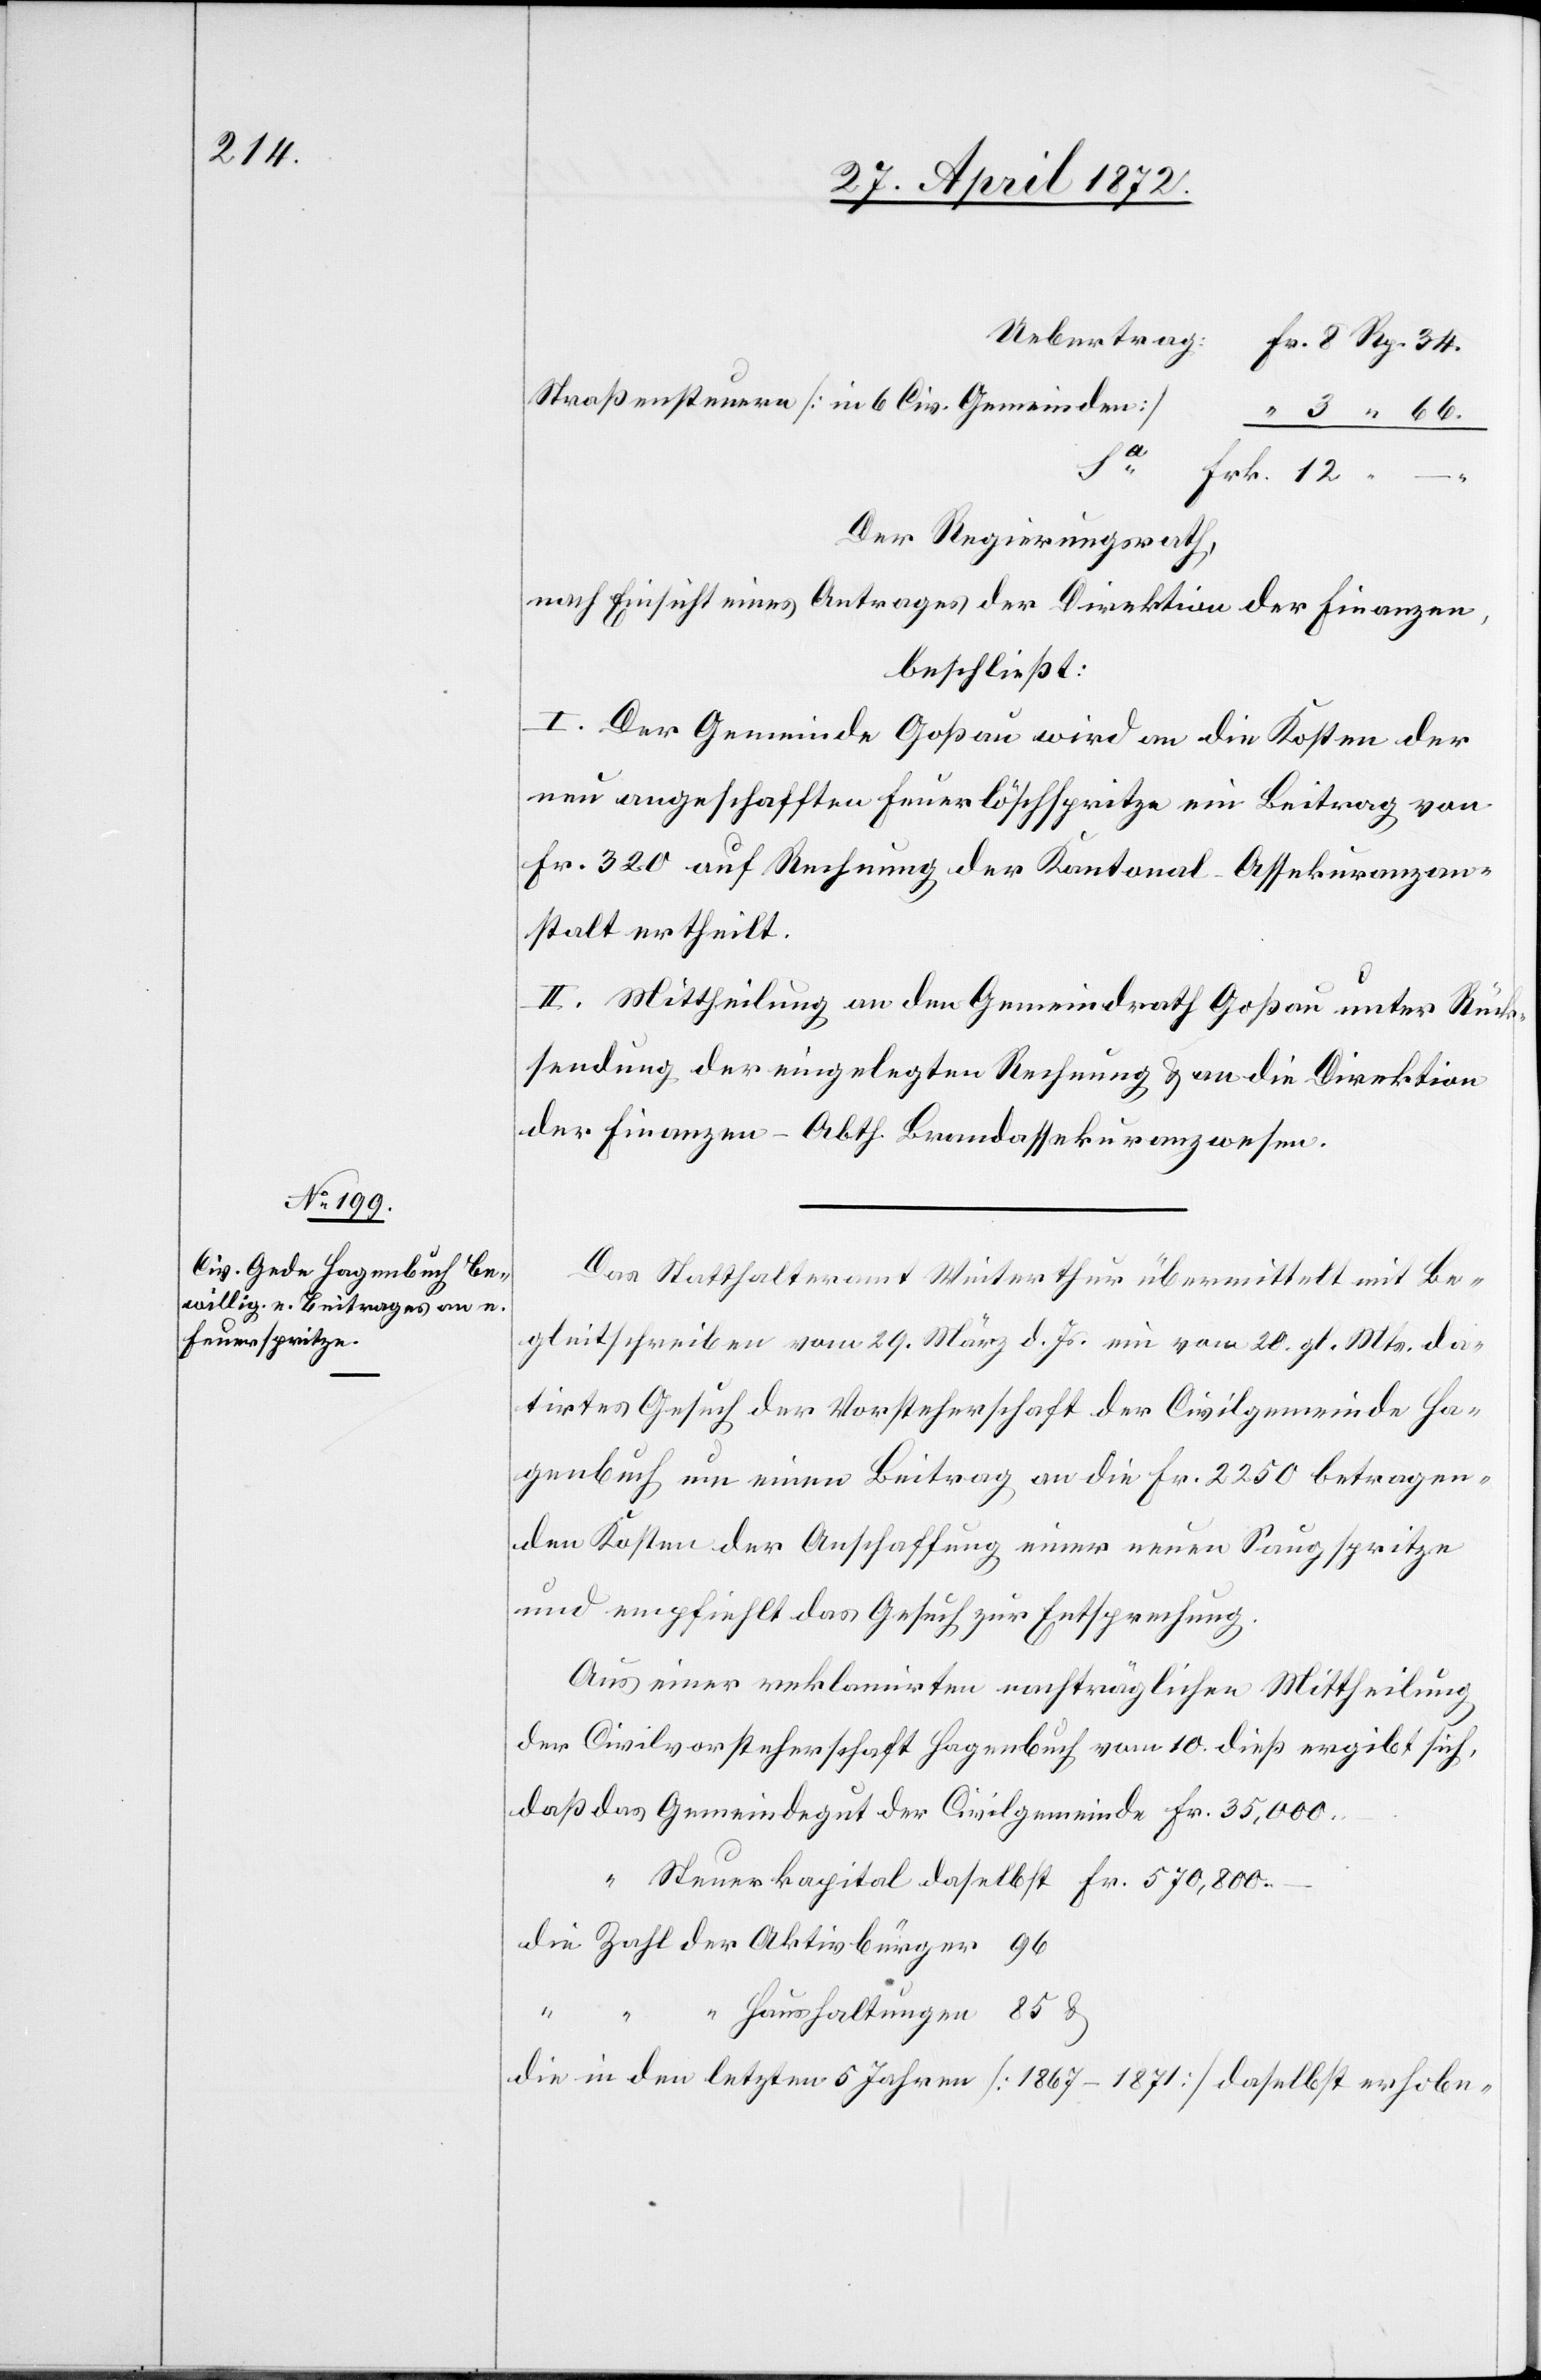
“
Straßensteuern [in 6 Civ. Gemeinden]
Frk.
–.
Der Regierungsrath,
nach Einsicht eines Antrages der Direktion der Finanzen,
beschließt:
I. Der Gemeinde Goßau wird an die Kosten der
neu angeschafften Feuerlöschspritze ein Beitrag von
Fr. 320 auf Rechnung der Kantonal-Assekuranzan¬
stalt ertheilt.
II. Mittheilung an den Gemeindrath Goßau unter Rück¬
sendung der eingelegten Rechnung u. an die Direktion
der Finanzen – Abth. Brandassekuranzwesen.

12